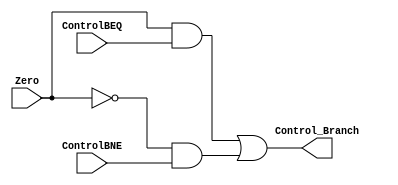
module BNEandBEQ (
	input ControlBEQ, ControlBNE, Zero,
	output Control_Branch
);
	
	reg resultadoBEQ, resultadoBNE, resultado;
	
	always @(*) begin 
		
		resultadoBEQ = Zero & ControlBEQ;
		resultadoBNE = ~Zero & ControlBNE;
		resultado = resultadoBEQ | resultadoBNE;
	end
	
	assign Control_Branch = resultado;
		
endmodule